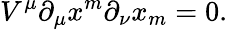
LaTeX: V^{\mu}\partial_{\mu}x^{m}\partial_{\nu}x_{m}=0.